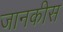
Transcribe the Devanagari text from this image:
जानकीस